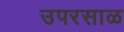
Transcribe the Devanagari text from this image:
उपरसाळ